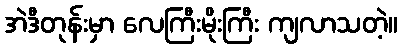
အဲဒီတုန်းမှာ လေကြီးမိုးကြီး ကျလာသတဲ့။